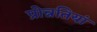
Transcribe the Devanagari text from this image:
प्रोन्नतियां